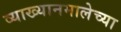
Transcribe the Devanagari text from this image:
व्याख्यानमालेच्या